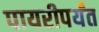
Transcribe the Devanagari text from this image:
पायरीपर्यंत